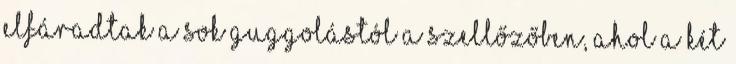
elfáradtak a sok guggolástól a szellőzőben, ahol a két